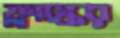
ফ্লাস্কের